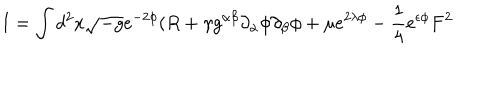
LaTeX: I = \int d ^ { 2 } x \sqrt { - g } e ^ { - 2 \phi } ( R + \gamma g ^ { \alpha \beta } \partial _ { \alpha } \phi \partial _ { \beta } { \phi } + \mu e ^ { 2 \lambda \phi } - \frac { 1 } { 4 } e ^ { \epsilon \phi } F ^ { 2 }